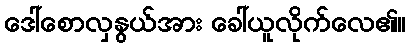
ဒေါ်စောလှနွယ်အား ခေါ်ယူလိုက်လေ၏။